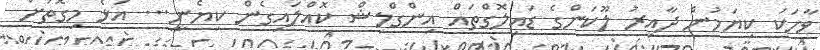
ވާހަކަ ކިޔަމުން ދާއިރު ލޫކަންގެ ޑައިލޮގްތައް އިންގްލިޝް ކޮއްލައިގެން ކިޔެނީ... އަޅެ މިގޮތަށް